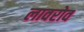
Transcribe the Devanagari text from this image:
लावरोव